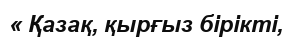
« Қазақ, қырғыз бірікті,